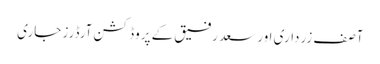
آصف زرداری اور سعد رفیق کے پروڈکشن آرڈرز جاری